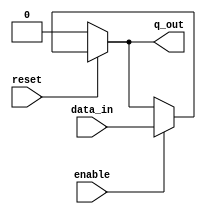
module Latch_Rbar_CA (q_out, data_in, enable, reset);
  output 		q_out;
  input 		data_in, enable, reset;

  assign q_out = !reset ? 0 : enable ? data_in : q_out;
endmodule